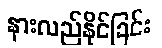
နားလည်နိုင်ခြင်း